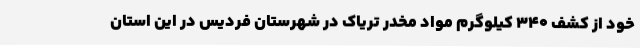
خود از کشف ۳۴۰ کیلوگرم مواد مخدر تریاک در شهرستان فردیس در این استان